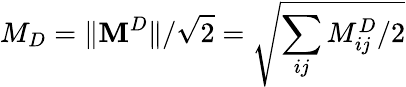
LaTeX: M_{D}=\lVert\mathbf{M}^{D}\rVert/\sqrt{2}=\sqrt{\sum_{ij}M_{ij}^{D}/2}